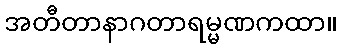
အတီတာနာဂတာရမ္မဏကထာ။